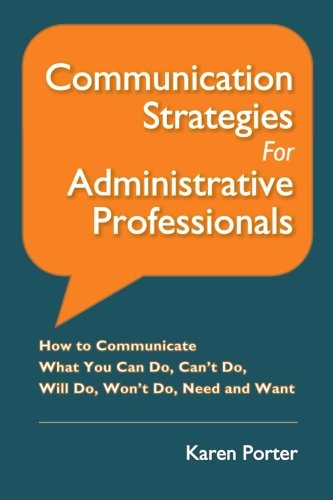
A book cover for Communication Strategies for Administrative Professionals: How to Communicate What You Can Do, Can't Do, Will Do, Won't Do, Need and Want; Karen Porter; Business & Money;